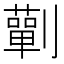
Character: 𭄚